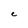
Character: c